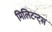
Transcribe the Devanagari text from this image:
मिलिटन्ट्स